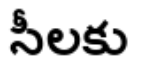
సీలకు